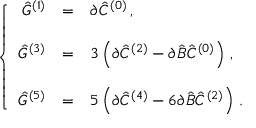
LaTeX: \left\{ \begin{array} { r c l } { { \hat { G } ^ { ( 1 ) } } } & { { = } } & { { \partial \hat { C } ^ { ( 0 ) } \, , } } \\ { { } } & { { } } & { { } } \\ { { \hat { G } ^ { ( 3 ) } } } & { { = } } & { { 3 \left( \partial \hat { C } ^ { ( 2 ) } - \partial \hat { \cal B } \hat { C } ^ { ( 0 ) } \right) \, , } } \\ { { } } & { { } } & { { } } \\ { { \hat { G } ^ { ( 5 ) } } } & { { = } } & { { 5 \left( \partial \hat { C } ^ { ( 4 ) } - 6 \partial \hat { \cal B } \hat { C } ^ { ( 2 ) } \right) \, . } } \end{array} \right.